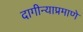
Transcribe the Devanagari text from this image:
दागीन्याप्रमाणे